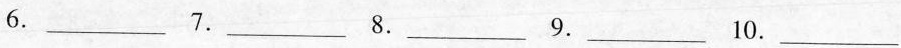
6.___ 7.____ 8.____ 9.____ 10.___